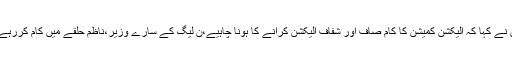
انہوں نے کہا کہ الیکشن کمیشن کا کام صاف اور شفاف الیکشن کرانے کا ہونا چاہیے،ن لیگ کے سارے وزیر،ناظم حلقے میں کام کررہے ہیں۔